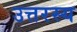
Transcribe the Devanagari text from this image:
उत्तरस्य